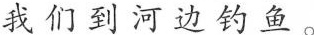
我们到河边钓鱼。